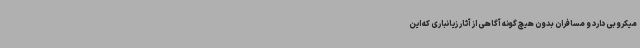
میکروبی دارد و مسافران بدون هیچ گونه آگاهی از آثار زیانباری که این